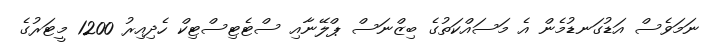
ނަމަވެސް އަޑުގަނޑުމެން އެ މަސައްކަތުގެ ބިޒްނަސް ޕްލޭނާއި ސްޓެޓިސްޓިކް ހެދިއިރު 1200 މީޓަރުގެ